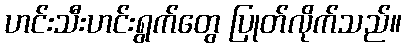
ဟင်းသီးဟင်းရွက်တွေ ပြုတ်လိုက်သည်။